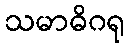
သမာဓိဂရု